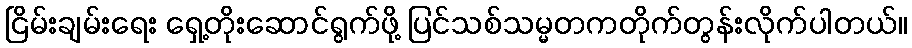
ငြိမ်းချမ်းရေး ရှေ့တိုးဆောင်ရွက်ဖို့ ပြင်သစ်သမ္မတကတိုက်တွန်းလိုက်ပါတယ်။